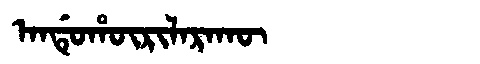
Manchu: ᠠᠨᡩᡠᡥᡡᡵᡳᠯᠠᡵᠠᡴᡡ
Romanization: ANDUHŪRILARAKŪ